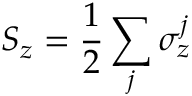
S _ { z } = \frac { 1 } { 2 } \sum _ { j } \sigma _ { z } ^ { j }